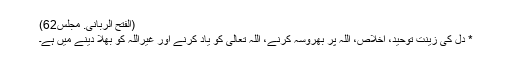
(الفتح الربانی. مجلس62)
* دل کی زینت توحید، اخلاص، اللہ پر بھروسہ کرنے، اللہ تعالیٰ کو یاد کرنے اور غیراللہ کو بھلا دینے میں ہے۔